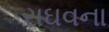
રાઘવના